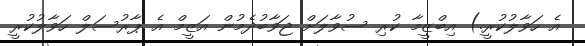
އެ ހަވާލުކުރީ.) އިބްޒީމާ ކުރި ސުވާލަށް ޖަވާބުދެމުން އަޒީމް އެ ޕާރުސަލް ހަވާލުކުރީ